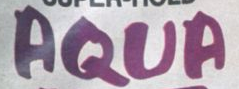
AQUA